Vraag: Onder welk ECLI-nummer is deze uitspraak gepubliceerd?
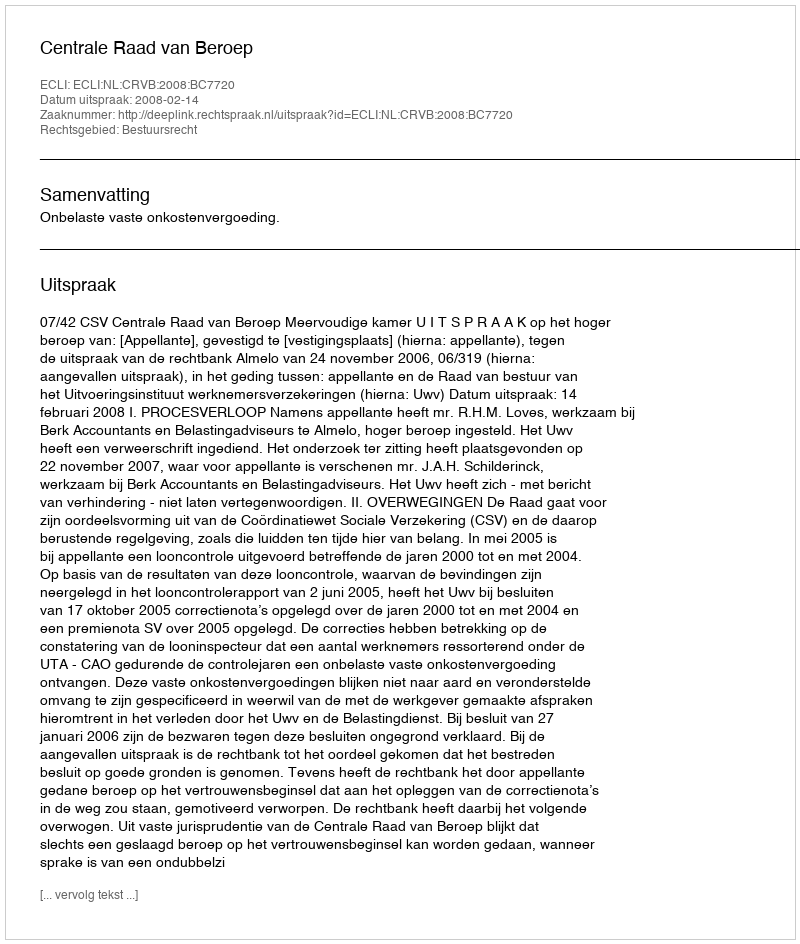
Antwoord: ECLI:NL:CRVB:2008:BC7720